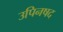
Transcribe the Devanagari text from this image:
उपिनषद